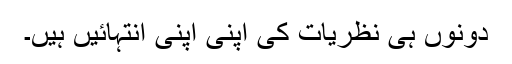
دونوں ہی نظریات کی اپنی اپنی انتہائیں ہیں۔